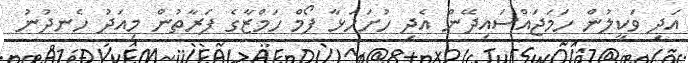
އަދި ވަކީލުން ހަމަޖައްސައިދޭން އެދި ހުށަހަޅާ ފޯމް ހަމްޒާގެ ފަރާތުން މިއަދު ހެނދުނު